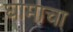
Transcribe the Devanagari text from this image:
घामाचा